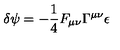
\delta \psi = - \frac { 1 } { 4 } F _ { \mu \nu } \Gamma ^ { \mu \nu } \epsilon